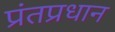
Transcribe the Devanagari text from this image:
प्रंतप्रधान